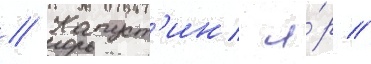
// Капуст'ин я́р //